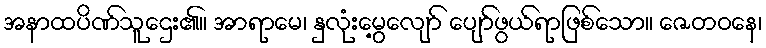
အနာထပိဏ်သူဌေး၏။ အာရာမေ၊ နှလုံးမွေ့လျော် ပျော်ဖွယ်ရာဖြစ်သော။ ဇေတဝနေ၊